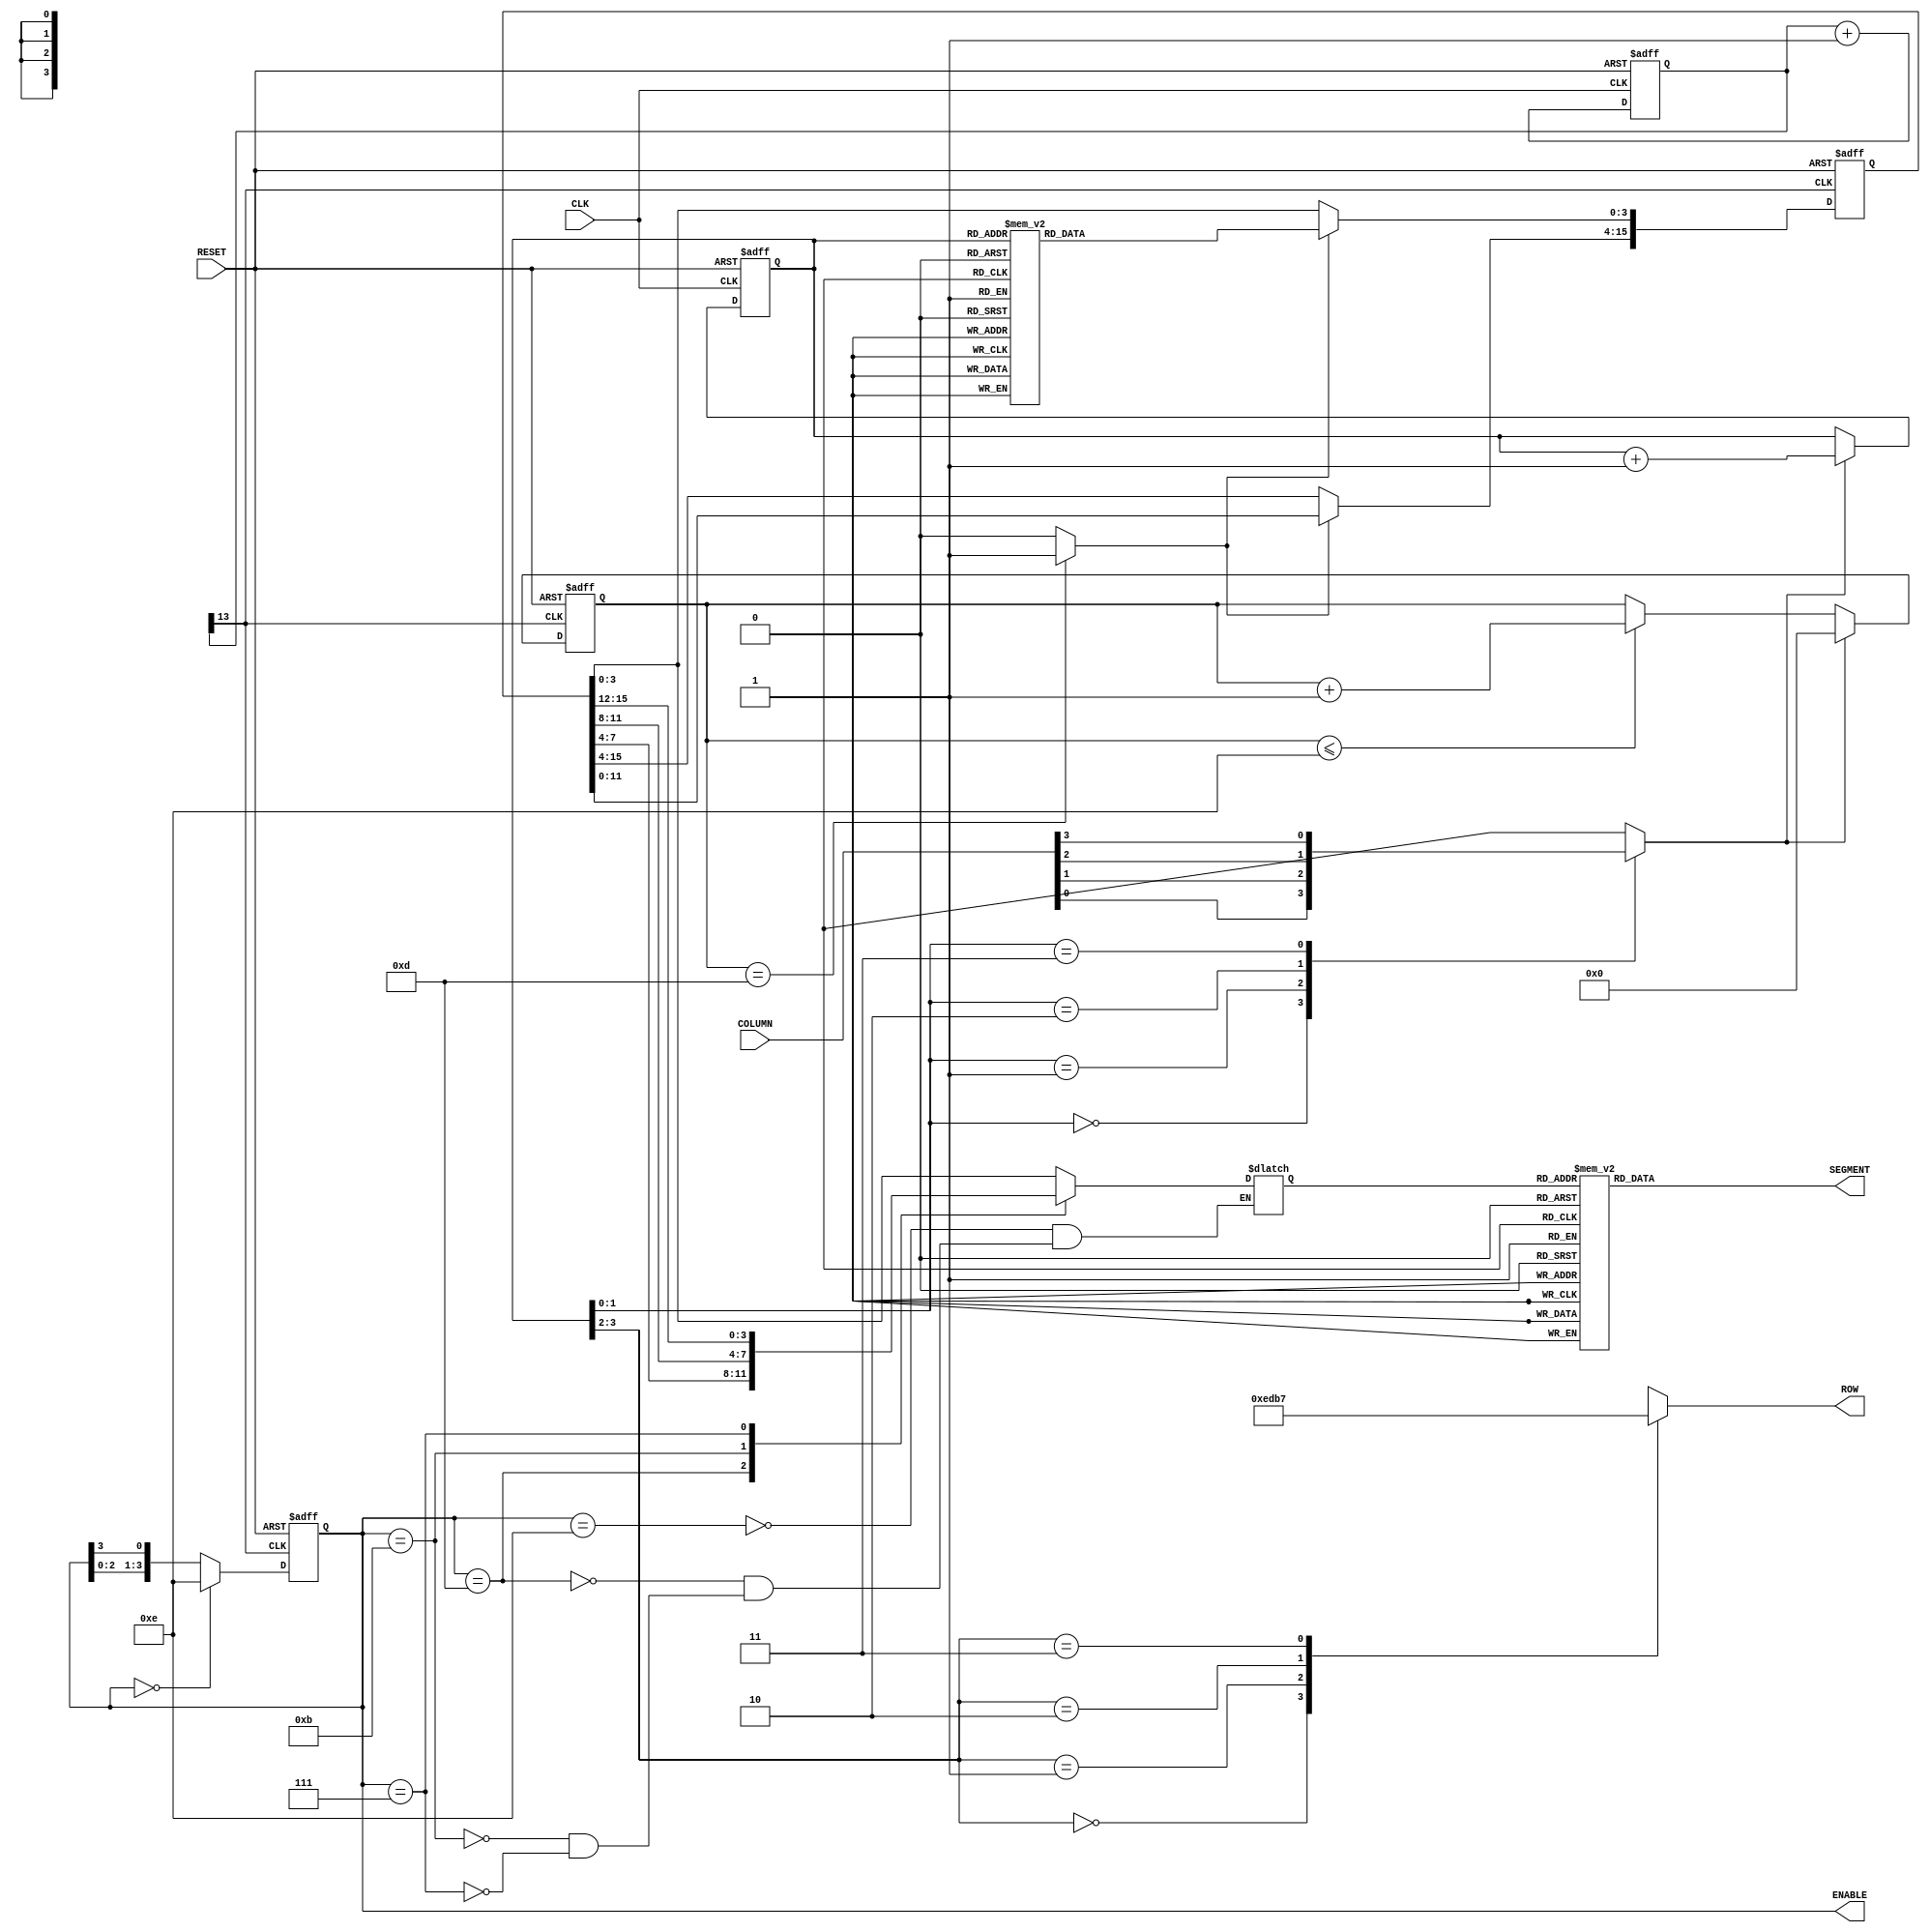
`timescale 1ns / 1ps
//////////////////////////////////////////////////////////////////////////////////
// Company: 
// Engineer: 
// 
// Design Name: 
// Module Name:    Lab6 
// Project Name: 
// Target Devices: 
// Tool versions: 
// Description: 
//
// Dependencies: 
//
// Revision: 
// Revision 0.01 - File Created
// Additional Comments: 
//
//////////////////////////////////////////////////////////////////////////////////
module Lab6 (CLK, RESET,COLUMN, ROW, ENABLE, SEGMENT);
	input CLK;
	input RESET;
	input[3:0] COLUMN;
	output[3:0] ROW;
	output[3:0] ENABLE;
	output[7:0] SEGMENT;
	reg[3:0] ROW;
	reg [3:0] DEBOUNCE_COUNT;
	reg [3:0] SCAN_CODE;
	reg[3:0] DECODE_BCD;
	reg[3:0] KEY_CODE;
	reg[3:0] ENABLE;
	reg [7:0] SEGMENT;
	reg[15:0] KEY_BUFFER;
	reg[14:1] DIVIDER;
	reg PRESS;
	wire PRESS_VALID;
	wire DEBOUNCE_CLK;
	wire SCAN_CLK;
/***********************
* Clock Divider*
***********************/
	always@(posedge CLK or negedge RESET)
	begin
		if(!RESET)
		DIVIDER <= {12'h000,2'b00};
		else
		DIVIDER <= DIVIDER + 1;
	end
	assign DEBOUNCE_CLK = DIVIDER[14];
	assign SCAN_CLK = DIVIDER[14];
	
/***************************
* Scanning Code Generator *
***************************/
	always@(posedge CLK or negedge RESET)
	begin
		if(!RESET)
		SCAN_CODE <= 4'h0;
		else if(PRESS)
		SCAN_CODE <= SCAN_CODE + 1;
	end

/*********************
* Scanning Keyboard *
*********************/
	always@(SCAN_CODE,COLUMN)
	begin
		case(SCAN_CODE[3:2])
		2'b00 : ROW = 4'b1110;
		2'b01 : ROW = 4'b1101;
		2'b10 : ROW = 4'b1011;
		2'b11 : ROW = 4'b0111;
		endcase
		case(SCAN_CODE[1:0])
		2'b00 : PRESS = COLUMN[0];
		2'b01 : PRESS = COLUMN[1];
		2'b10 : PRESS = COLUMN[2];
		2'b11 : PRESS = COLUMN[3];
		endcase
	end
/********************
* Debounce Circuit *
********************/
	always@(posedge DEBOUNCE_CLK or negedge RESET)
	begin
		if(!RESET)
		DEBOUNCE_COUNT <= 4'h0;
		else if(PRESS)
		DEBOUNCE_COUNT <= 4'h0;
		else if(DEBOUNCE_COUNT <= 4'hE)
		DEBOUNCE_COUNT <= DEBOUNCE_COUNT + 1;
	end
	assign PRESS_VALID = (DEBOUNCE_COUNT == 4'hD) ?1'b1 : 1'b0;
/*********************************
* Fetch Key Code * Shift Buffer *
**********************************/
	always@(negedge DEBOUNCE_CLK or negedge RESET)
	begin
		if(!RESET)
		begin
			KEY_CODE <= 4'hC;	//show 0000
			KEY_BUFFER <= 16'h0000;
		end
		else if(PRESS_VALID)
		begin
			KEY_CODE <= SCAN_CODE;
			KEY_BUFFER[15:4] <= KEY_BUFFER[11:0];
			case(SCAN_CODE)
				4'hC : KEY_BUFFER[3:0] <= 4'h0; // 0
				4'hD : KEY_BUFFER[3:0] <= 4'h1; // 1
				4'h9 : KEY_BUFFER[3:0] <= 4'h2; // 2
				4'h5 : KEY_BUFFER[3:0] <= 4'h3; // 3
				4'hE : KEY_BUFFER[3:0] <= 4'h4; // 4
				4'hA : KEY_BUFFER[3:0] <= 4'h5; // 5
				4'h6 : KEY_BUFFER[3:0] <= 4'h6; // 6
				4'hF : KEY_BUFFER[3:0] <= 4'h7; // 7
				4'hB : KEY_BUFFER[3:0] <= 4'h8; // 8
				4'h7 : KEY_BUFFER[3:0] <= 4'h9; // 9
				4'h8 : KEY_BUFFER[3:0] <= 4'hA; // A
				4'h4 : KEY_BUFFER[3:0] <= 4'hB; // B
				4'h3 : KEY_BUFFER[3:0] <= 4'hC; // C
				4'h2 : KEY_BUFFER[3:0] <= 4'hD; // D
				4'h1 : KEY_BUFFER[3:0] <= 4'hE; // E
				4'h0 : KEY_BUFFER[3:0] <= 4'hF; // F
			endcase
		end		
	end
	
/***************************
* Enable Display Location *
***************************/
	always@(negedge SCAN_CLK or negedge RESET)
	begin
		if (!RESET)
		ENABLE <= 4'b0000;
		else
		begin
		 case(ENABLE)
			4'b0000: ENABLE<=4'b1110;
			default: ENABLE<={ENABLE[2],ENABLE[1],ENABLE[0],ENABLE[3]};
		 endcase
		end
	end
/****************************
* Data Display Multiplexer*
****************************/
	always@(ENABLE or KEY_BUFFER)
	begin
		case(ENABLE)
			4'b1110:DECODE_BCD = KEY_BUFFER[3:0];
			4'b1101:DECODE_BCD = KEY_BUFFER[7:4];
			4'b1011:DECODE_BCD = KEY_BUFFER[11:8];
			4'b0111:DECODE_BCD = KEY_BUFFER[15:12];
		endcase
	end
/********************************
* Hex To Seven Segment Decoder *
********************************/
	always@(DECODE_BCD)
	begin
		case(DECODE_BCD)
			4'h0 : SEGMENT = 8'b00000011;//0
			4'h1 : SEGMENT = 8'b10011111;//1
			4'h2 : SEGMENT = 8'b00100100;//2
			4'h3 : SEGMENT = 8'b00001100;//3
			4'h4 : SEGMENT = 8'b10011000;//4
			4'h5 : SEGMENT = 8'b01001000;//5
			4'h6 : SEGMENT = 8'b01000000;//6
			4'h7 : SEGMENT = 8'b00011111;//7
			4'h8 : SEGMENT = 8'b00000000;//8
			4'h9 : SEGMENT = 8'b00011000;//9
			4'hA : SEGMENT = 8'b00010000;//A
			4'hB : SEGMENT = 8'b11000000;//B
			4'hC : SEGMENT = 8'b01100011;//C
			4'hD : SEGMENT = 8'b10000100;//D
			4'hE : SEGMENT = 8'b01100000;//E
			4'hF : SEGMENT = 8'b01110000;//F
		endcase
	end
endmodule